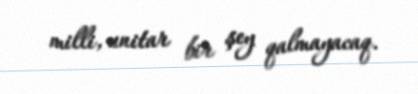
milli, unitar bir şey qalmayacaq.